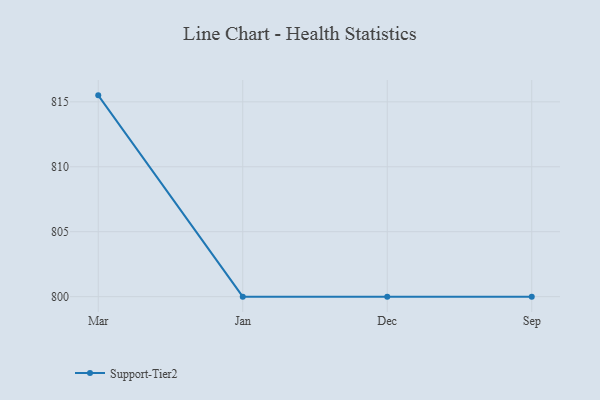
{"axis": {"x": "Month", "y": "Shipments"}, "legend": ["Support-Tier2"], "data": [{"x": "Mar", "y": 815.5, "type": "Support-Tier2"}, {"x": "Jan", "y": 800, "type": "Support-Tier2"}, {"x": "Dec", "y": 800, "type": "Support-Tier2"}, {"x": "Sep", "y": 800, "type": "Support-Tier2"}]}